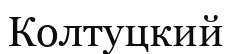
Колтуцкий